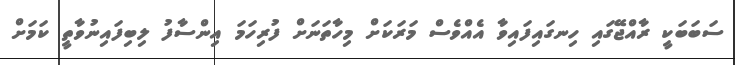
ސަބަބަކީ ރާއްޖޭގައި ހިނގައިފައިވާ އެއްވެސް މަރަކަށް މިހާތަނަށް ފުރިހަމަ އިންސާފު ލިބިފައިނުވާތީ ކަމަށް